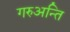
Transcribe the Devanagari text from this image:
गरुअन्ति